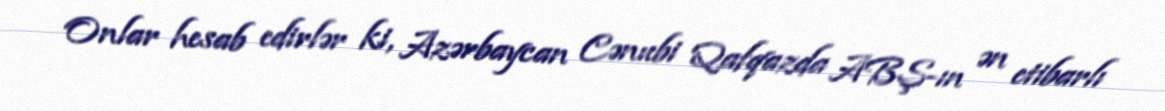
Onlar hesab edirlər ki, Azərbaycan Cənubi Qafqazda ABŞ-ın ən etibarlı